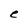
Character: e